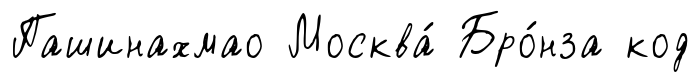
Пашинахмао Москва́ Бро́нза код